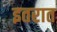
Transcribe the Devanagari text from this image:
इतरात